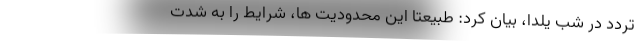
تردد در شب یلدا، بیان کرد: طبیعتا این محدودیت ها، شرایط را به شدت